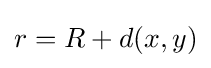
r=R+d(x,y)